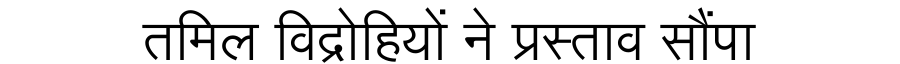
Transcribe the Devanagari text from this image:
तमिल विद्रोहियों ने प्रस्ताव सौंपा